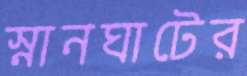
স্নানঘাটের